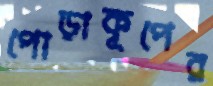
পোড়াকূপের